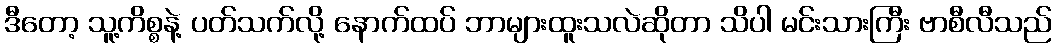
ဒီတော့ သူ့ကိစ္စနဲ့ ပတ်သက်လို့ နောက်ထပ် ဘာများထူးသလဲဆိုတာ သိပါ မင်းသားကြီး ဗာစီလီသည်